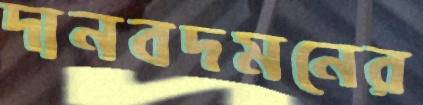
দানবদমনের